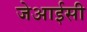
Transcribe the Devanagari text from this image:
जेआईसी